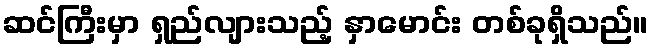
ဆင်ကြီးမှာ ရှည်လျားသည့် နှာမောင်း တစ်ခုရှိသည်။